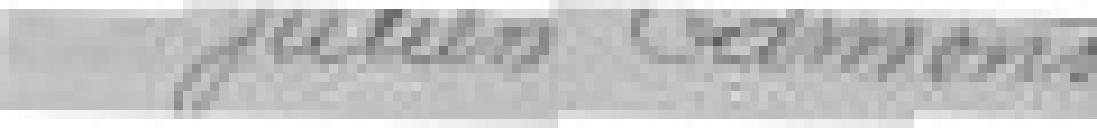
Julien Edmond